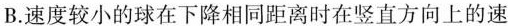
B.速度较小的球在下降相同距离时在竖直方向上的速